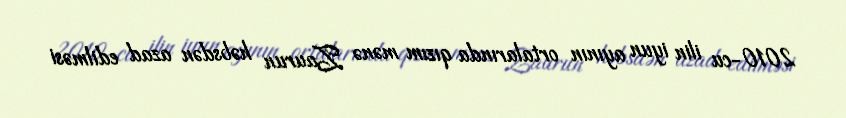
2010-cu ilin iyun ayının ortalarında qızım mənə Zaurun həbsdən azad edilməsi